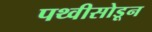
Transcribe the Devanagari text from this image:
पथ्वीसोडून